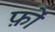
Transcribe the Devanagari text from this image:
फ़ों